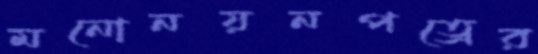
মনোনয়নপত্রের